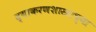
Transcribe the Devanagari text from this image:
व्याकरणशास्त्राच्या